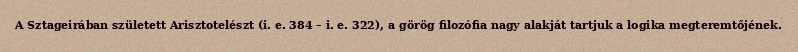
A Sztageirában született Arisztotelészt (i. e. 384 – i. e. 322), a görög filozófia nagy alakját tartjuk a logika megteremtőjének.